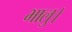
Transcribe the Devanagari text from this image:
भालु।